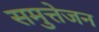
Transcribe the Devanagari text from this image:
समुत्तेजन